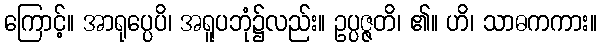
ကြောင့်။ အာရုပ္ပေပိ၊ အရူပဘုံ၌လည်း။ ဥပ္ပဇ္ဇတိ၊ ၏။ ဟိ၊ သာဓကကား။